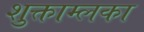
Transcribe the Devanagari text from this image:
शुक्ताम्लका